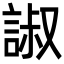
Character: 諔